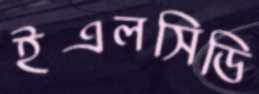
ইএলসিডি